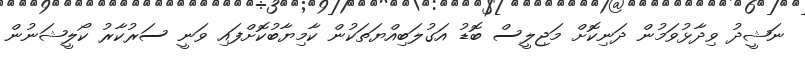
ނަޝީދު ވިދާޅުވަމުން ދަނިކޮށް މަޖިލީސް ބޮޑު އަގުލަބިއްޔަތަކުން ކާމިޔާބުކޮށްފައި ވަނީ ސަރުކާރު ކޯލީޝަނުން